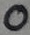
Text: 0